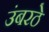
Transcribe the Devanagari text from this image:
उंबरठे